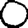
Digit: 0